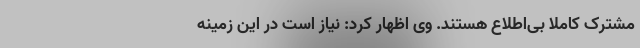
مشترک کاملاً بی‌اطلاع هستند. وی اظهار کرد: نیاز است در این زمینه